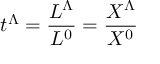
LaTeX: t ^ { \Lambda } = { \frac { L ^ { \Lambda } } { L ^ { 0 } } } = { \frac { X ^ { \Lambda } } { X ^ { 0 } } }